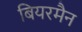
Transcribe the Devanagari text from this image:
बियरमैन